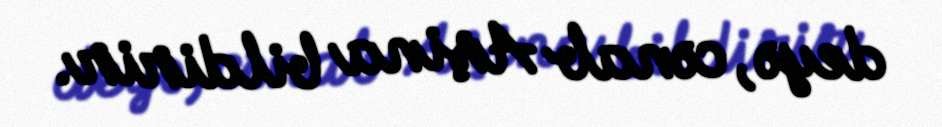
deyə, cənab Aşina bildirir.